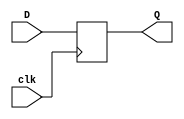
//// Zuhair Shaikh and Brant Lan Li
// D Flip Flop
// ELEC374 - Digital Systems Engineering
// Department of Electrical and Computer Engineering
// Queen's University 

module d_ff(
	input wire D,
	input wire clk,
	output reg Q
	);
	
	always @ (posedge clk)
		begin
			Q <= D;
		end
endmodule